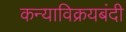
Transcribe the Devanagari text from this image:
कन्याविक्रयबंदी